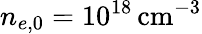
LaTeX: n_{e,0}=10^{18}\, \mathrm{cm}^{-3}